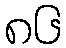
၈၆